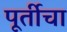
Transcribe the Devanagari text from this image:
पूर्तीचा